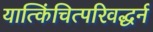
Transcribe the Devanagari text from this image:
यात्किंचित्परिवद्धर्न